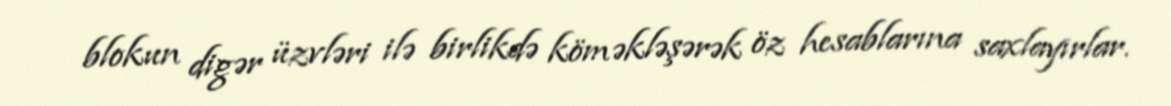
blokun digər üzvləri ilə birlikdə köməkləşərək öz hesablarına saxlayırlar.